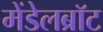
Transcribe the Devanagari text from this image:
मेंडेलब्रॉट